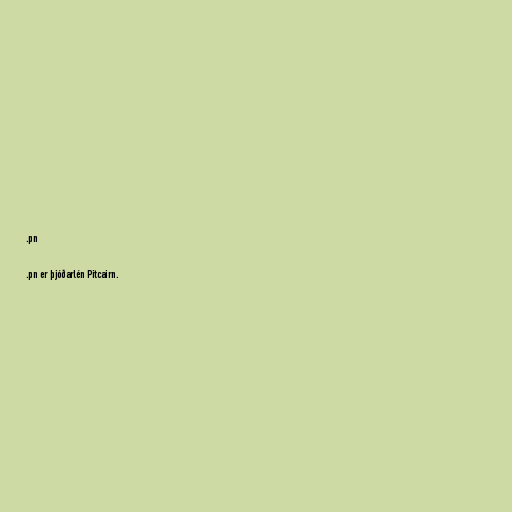
.pn

.pn er þjóðarlén Pitcairn.